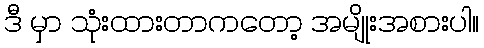
ဒီ မှာ သုံးထားတာကတော့ အမျိုးအစားပါ။